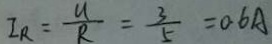
I _ { R } = \frac { u } { R } = \frac { 3 } { 5 } = 0 . 6 A